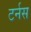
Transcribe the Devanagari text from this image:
टर्नस